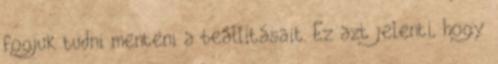
fogjuk tudni menteni a beállításait. Ez azt jelenti, hogy